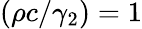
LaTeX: (\rho c/\gamma_{2})=1